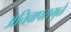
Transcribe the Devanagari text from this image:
अतिवापरामुळे